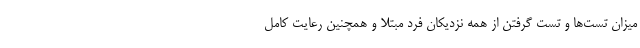
میزان تست‌ها و تست گرفتن از همه نزدیکان فرد مبتلا و همچنین رعایت کامل